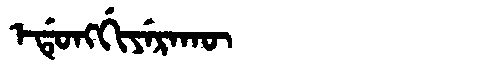
Manchu: ᡝᡩᡠᠩᡤᡳᠶᡝᡵᠠᡴᡡ
Romanization: EDUNGGIYERAKŪ